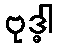
ဗုဒ္ဓါ